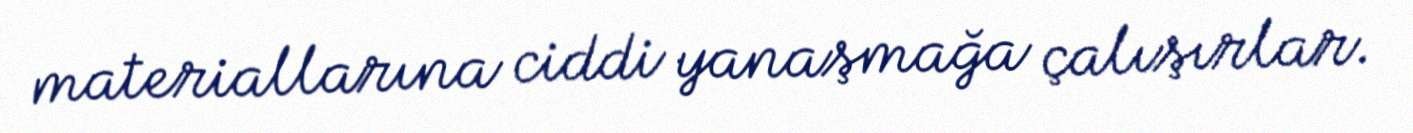
materiallarına ciddi yanaşmağa çalışırlar.